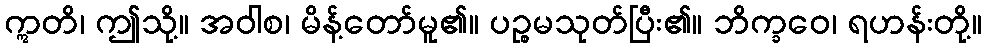
ဣတိ၊ ဤသို့။ အဝါစ၊ မိန့်တော်မူ၏။ ပဉ္စမသုတ်ပြီး၏။ ဘိက္ခဝေ၊ ရဟန်းတို့။